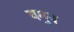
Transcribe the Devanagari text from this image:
यमुन